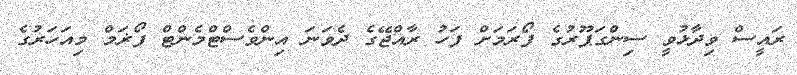
ރައީސް ވިދާޅުވީ ސިންގަޕޫރުގެ ފޯރަމަށް ފަހު ރާއްޖޭގެ ދެވަނަ އިންވެސްޓްމެންޓް ފޯޜަމް މިއަހަރުގެ